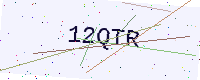
Text: 12QTR